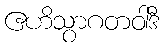
ဧဟိသွာဂတဝါဒီ